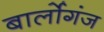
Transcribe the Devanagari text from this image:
बार्लोगंज